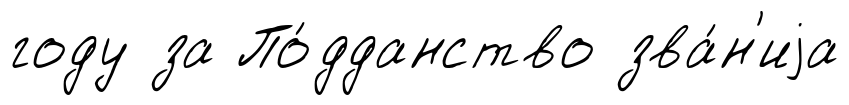
году за По́дданство зва́н'иjа